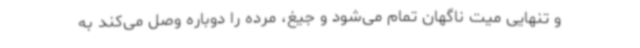
و تنهایی میت ناگهان تمام می‌شود و جیغ، مرده را دوباره وصل می‌کند به